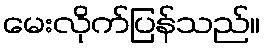
မေးလိုက်ပြန်သည်။